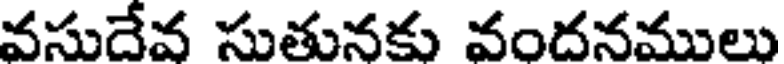
వసుదేవ సుతునకు వందనములు